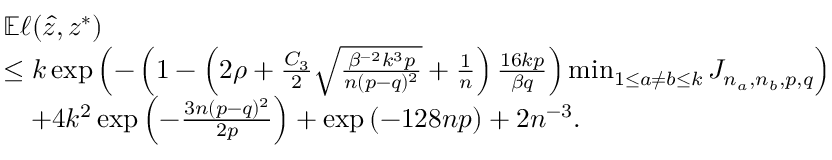
\begin{array} { r l } & { \mathbb { E } \ell ( \hat { z } , z ^ { * } ) } \\ & { \leq k \exp \left( - \left( 1 - \left( 2 \rho + \frac { C _ { 3 } } { 2 } \sqrt { \frac { \beta ^ { - 2 } k ^ { 3 } p } { n ( p - q ) ^ { 2 } } } + \frac { 1 } { n } \right) \frac { 1 6 k p } { \beta q } \right) \operatorname* { m i n } _ { 1 \leq a \neq b \leq k } J _ { n _ { a } , n _ { b } , p , q } \right) } \\ & { \quad + 4 k ^ { 2 } \exp \left( - \frac { 3 n ( p - q ) ^ { 2 } } { 2 p } \right) + \exp \left( - 1 2 8 n p \right) + 2 n ^ { - 3 } . } \end{array}